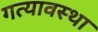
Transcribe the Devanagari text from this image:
गत्यावस्था